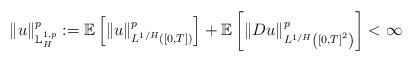
\begin{align*}\left\| u\right\| _{\mathbb{L}_{H}^{1,p}}^{p}:=\mathbb{E}\left[ \left\|u\right\| _{L^{1/H}\left( \left[ 0,T\right] \right) }^{p}\right]+\mathbb{E}\left[ \left\| Du\right\| _{L^{1/H}\left( \left[ 0,T\right]^{2}\right) }^{p}\right] <\infty \end{align*}